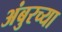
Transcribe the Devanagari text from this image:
अंबुरच्या